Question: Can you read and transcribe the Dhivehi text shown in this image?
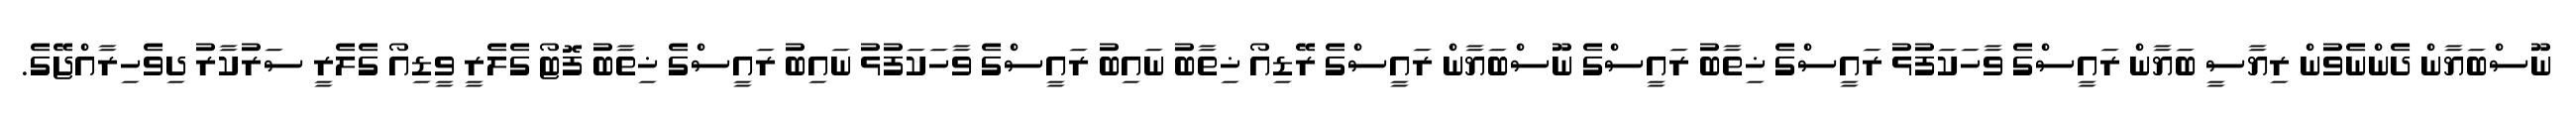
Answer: ނޫސްބަޔާން ދެންނެވުން ރިޔާސީ ބަޔާން ރައީސްގެ ވާހަކަފުޅު ރައީސްގެ ޚިތާބު ރައީސްގެ ނޫސްބަޔާން ރައީސްގެ ރޭޑިއޯ ޚިތާބު ނައިބު ރައީސްގެ ވާހަކަފުޅު ނައިބު ރައީސްގެ ޚިތާބު ފޮޓޯ ގެލެރީ ވީޑިއޯ ގެލެރީ ސަރުކާރު ދިވެހިރާއްޖޭގެ.